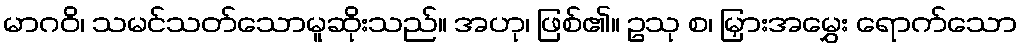
မာဂဝိ၊ သမင်သတ်သောမူဆိုးသည်။ အဟု၊ ဖြစ်၏။ ဥသု စ၊ မြှားအမွှေး ရောက်သော